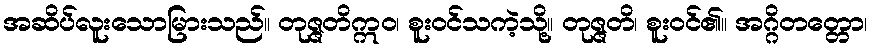
အဆိပ်လူးသောမြားသည်။ တုဇ္ဇတိဣဝ၊ စူးဝင်သကဲ့သို့။ တုဇ္ဇတိ၊ စူးဝင်၏။ အဂ္ဂိတတ္တော၊